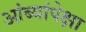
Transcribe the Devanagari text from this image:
आंब्यांपेक्षा